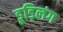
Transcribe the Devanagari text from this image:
डूड्लिंग